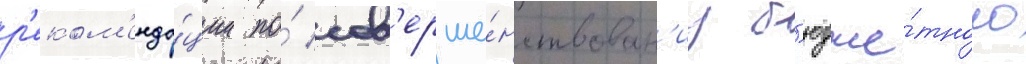
р'еком'енда́ции по́ сов'ерше́нствован'иу б'юдже́тного